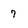
Character: 7